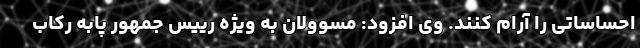
احساساتی را آرام کنند. وی افزود: مسوولان به ویژه رییس جمهور پابه رکاب